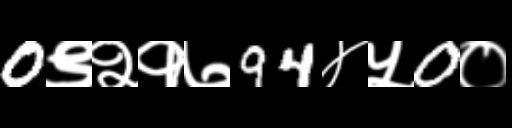
Text: 0९२१७94४५0०